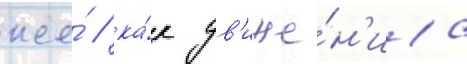
же́ / ка́к дв'иже́н'иа